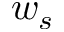
w _ { s }